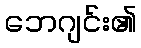
ဘေဂျင်း၏